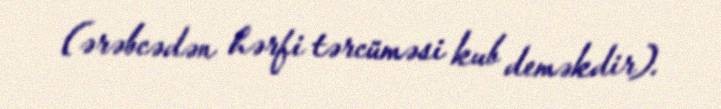
(ərəbcədən hərfi tərcüməsi kub deməkdir).